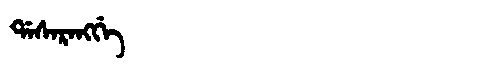
Manchu: ᡩᠠᠰᠠᡵᠠᠩᡤᡝ
Romanization: DASARANGGE